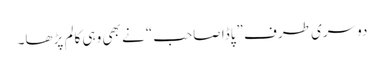
دوسری طرف ”پاڈا صاحب“ نے بھی وہی کالم پڑھا۔